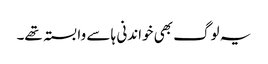
یہ لوگ بھی خواندنی ہا سے وابستہ تھے۔